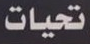
تحيات